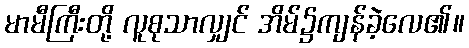
မာမီကြီးတို့ လူစုသာလျှင် အိမ်၌ကျန်ခဲ့လေ၏။